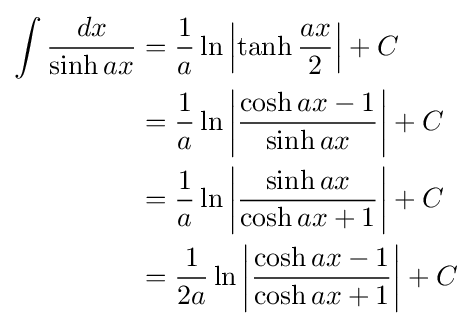
{\begin{aligned}\int {\frac {dx}{\sinh ax}}&={\frac {1}{a}}\ln \left|\tanh {\frac {ax}{2}}\right|+C\\&={\frac {1}{a}}\ln \left|{\frac {\cosh ax-1}{\sinh ax}}\right|+C\\&={\frac {1}{a}}\ln \left|{\frac {\sinh ax}{\cosh ax+1}}\right|+C\\&={\frac {1}{2a}}\ln \left|{\frac {\cosh ax-1}{\cosh ax+1}}\right|+C\end{aligned}}